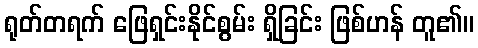
ရုတ်တရက် ဖြေရှင်းနိုင်စွမ်း ရှိခြင်း ဖြစ်ဟန် တူ၏။